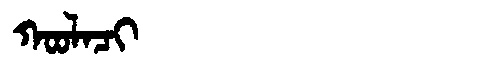
Manchu: ᡴᠣᠣᠯᠠᠴᡳ
Romanization: KOOLACI